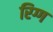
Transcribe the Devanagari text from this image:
रिग्ग